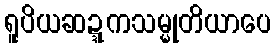
ရူပိယဆဍ္ဍကသမ္မုတိယာပေ